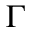
\Gamma